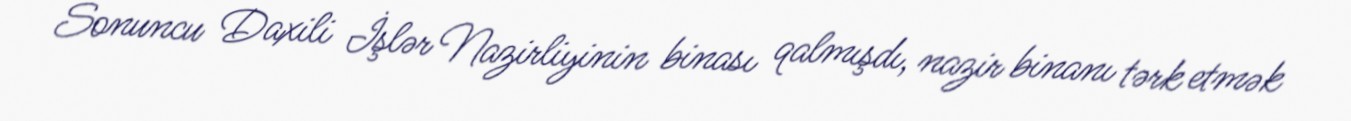
Sonuncu Daxili İşlər Nazirliyinin binası qalmışdı, nazir binanı tərk etmək